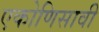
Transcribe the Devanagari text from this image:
एकोणिसावी